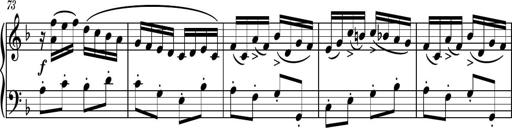
Title: Piano Sonatina II
Composer: Dimitri Sykias
Key: F major